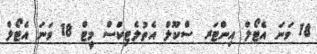
18 ވަނަ އެޓޯލް އިންޓަރ ސްކޫލް އެތުލެޓިކްސް މީޓް 18 ވަނަ އެޓޯލް